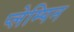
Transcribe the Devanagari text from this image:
प्लेम्पिन